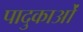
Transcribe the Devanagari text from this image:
पादुकाओं